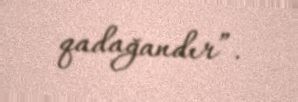
qadağandır”.